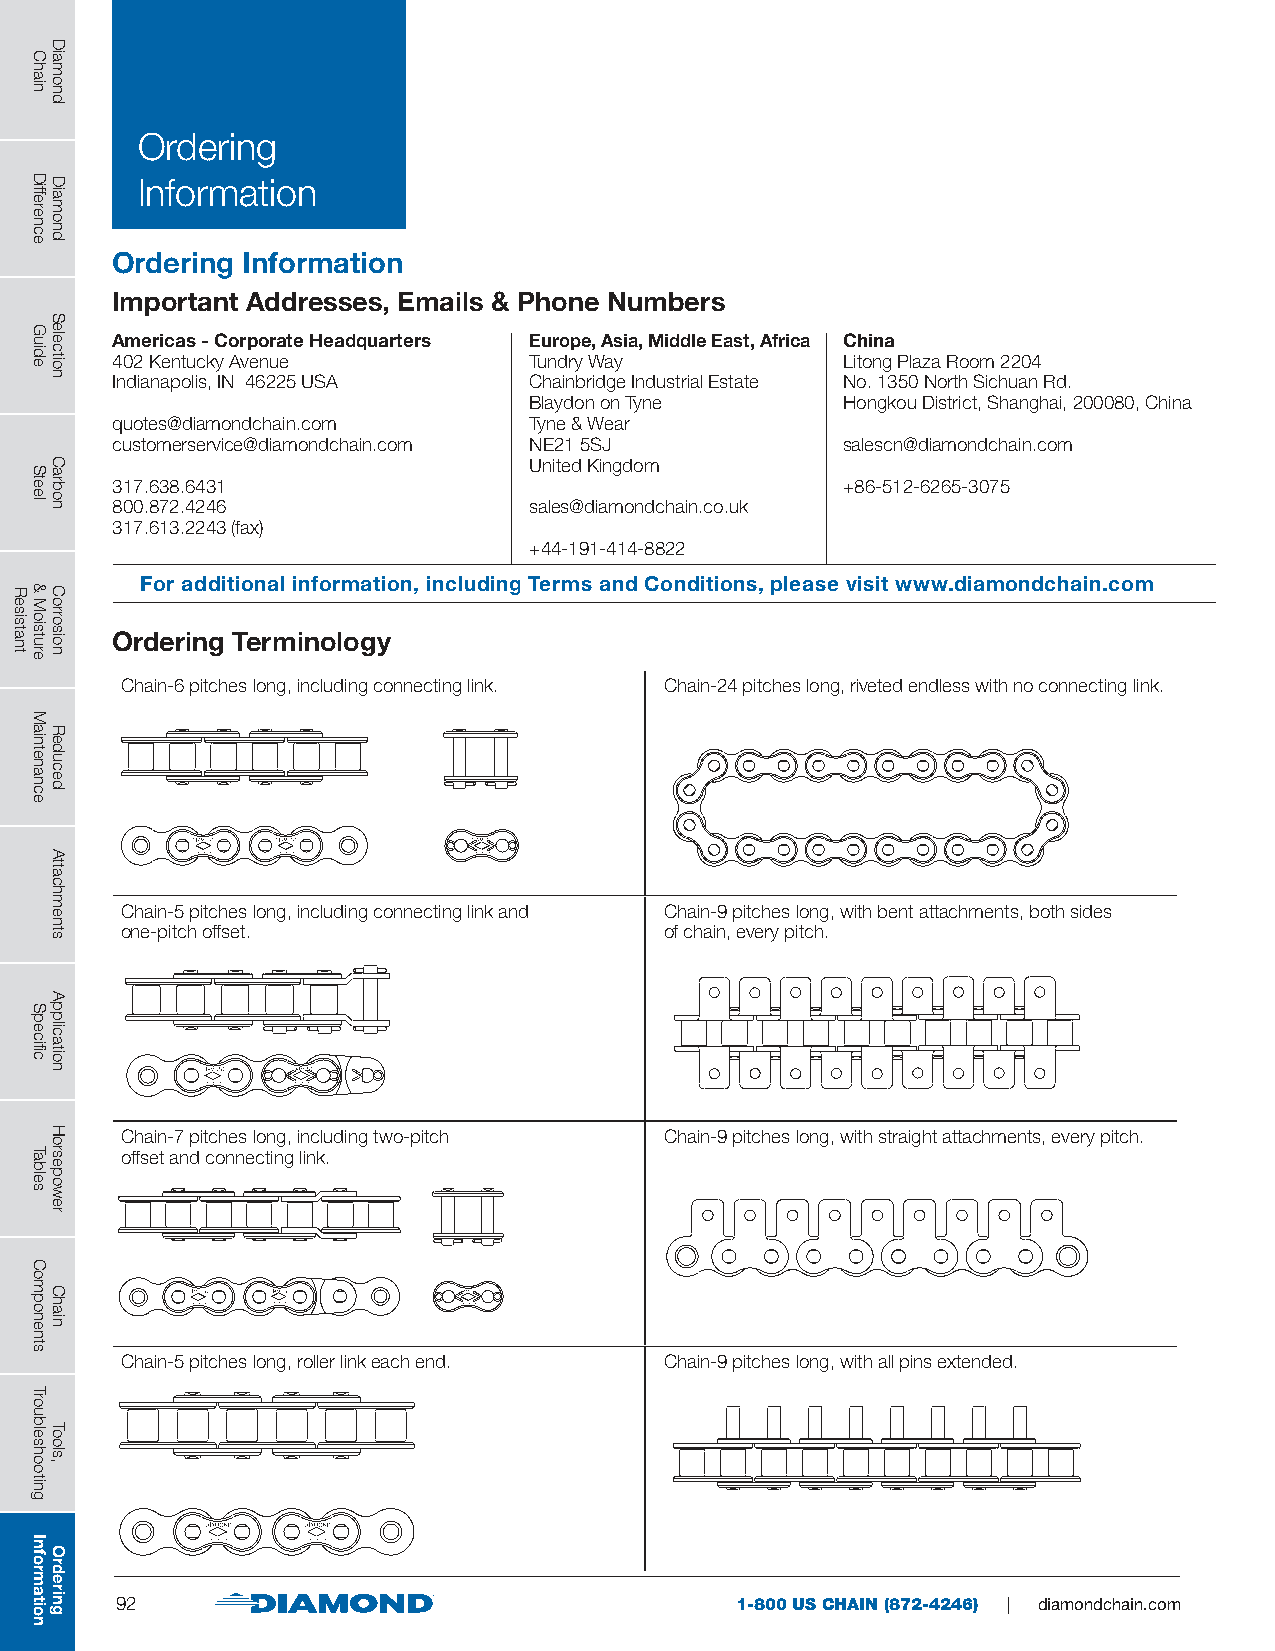
Ordering
 Information
 Ordering Information
 Important Addresses, Emails & Phone Numbers
 Americas - Corporate Headquarters Europe, Asia, Middle East, Africa China
 402 Kentucky Avenue         Tundry Way           Litong Plaza Room 2204
 Indianapolis, IN 46225 USA  Chainbridge Industrial Estate No. 1350 North Sichuan Rd.
 Blaydon on Tyne      Hongkou District, Shanghai, 200080, China
 quotes@diamondchain.com     Tyne & Wear
 customerservice@diamondchain.com NE21 5SJ        salescn@diamondchain.com
 United Kingdom
 317.638.6431                                     +86-512-6265-3075
 800.872.4246                sales@diamondchain.co.uk
 317.613.2243 (fax)
 +44-191-414-8822
 For additional information, including Terms and Conditions, please visit www.diamondchain.com
 Ordering Terminology
 Chain-6 pitches long, including connecting link. Chain-24 pitches long, riveted endless with no connecting link.
 Chain-5 pitches long, including connecting link and Chain-9 pitches long, with bent attachments, both sides
 one-pitch offset.                   of chain, every pitch.
 Chain-7 pitches long, including two-pitch Chain-9 pitches long, with straight attachments, every pitch.
 offset and connecting link.
 Chain-5 pitches long, roller link each end. Chain-9 pitches long, with all pins extended.
 92                                       1-800 US CHAIN (872-4246) | diamondchain.com
 Resistant
 Chain
 Difference
 Guide
 Steel
 &
 Moisture
 Maintenance
 Specific
 Tables
 Components
 Troubleshooting
 Information
 Diamond
 Diamond
 Selection
 Carbon
 Corrosion
 Reduced
 Attachments
 Application
 Horsepower
 Chain
 Tools,
 Ordering